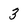
Character: 3